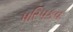
પરિપકવ